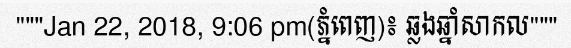
"""Jan 22, 2018, 9:06 pm(ភ្នំពេញ)៖ ឆ្លងឆ្នាំសាកល"""